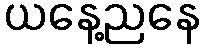
ယနေ့ညနေ